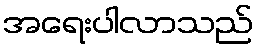
အရေးပါလာသည်